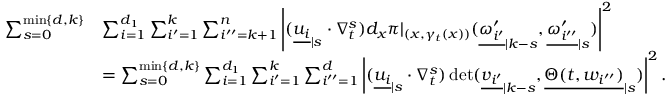
\begin{array} { r l } { \sum _ { s = 0 } ^ { \operatorname* { m i n } \{ d , k \} } } & { \sum _ { i = 1 } ^ { d _ { 1 } } \sum _ { i ^ { \prime } = 1 } ^ { k } \sum _ { i ^ { \prime \prime } = k + 1 } ^ { n } \left| ( { \underline { { u _ { i } } } } _ { | s } \cdot \nabla _ { t } ^ { s } ) d _ { x } \pi | _ { ( x , \gamma _ { t } ( x ) ) } ( { \underline { { \omega _ { i ^ { \prime } } ^ { \prime } } } } _ { | k - s } , { \underline { { \omega _ { i ^ { \prime \prime } } ^ { \prime } } } } _ { | s } ) \right| ^ { 2 } } \\ & { = \sum _ { s = 0 } ^ { \operatorname* { m i n } \{ d , k \} } \sum _ { i = 1 } ^ { d _ { 1 } } \sum _ { i ^ { \prime } = 1 } ^ { k } \sum _ { i ^ { \prime \prime } = 1 } ^ { d } \left| ( { \underline { { u _ { i } } } } _ { | s } \cdot \nabla _ { t } ^ { s } ) \operatorname* { d e t } ( { \underline { { v _ { i ^ { \prime } } } } } _ { | k - s } , { \underline { { \Theta ( t , w _ { i ^ { \prime \prime } } ) } } } _ { | s } ) \right| ^ { 2 } . } \end{array}